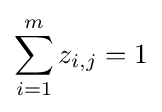
\sum _{i=1}^{m}z_{i,j}=1